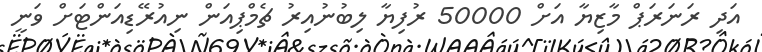
އަދި ރަނަރަޕް މާޒިޔާ އަށް 50000 ރުފިޔާ ލިބުނުއިރު ޗެމްޕިއަން ނިއުރޭޑިއަންޓަށް ވަނީ